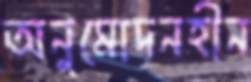
অনুমোদনহীন